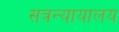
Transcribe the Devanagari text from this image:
सत्रन्यायालय